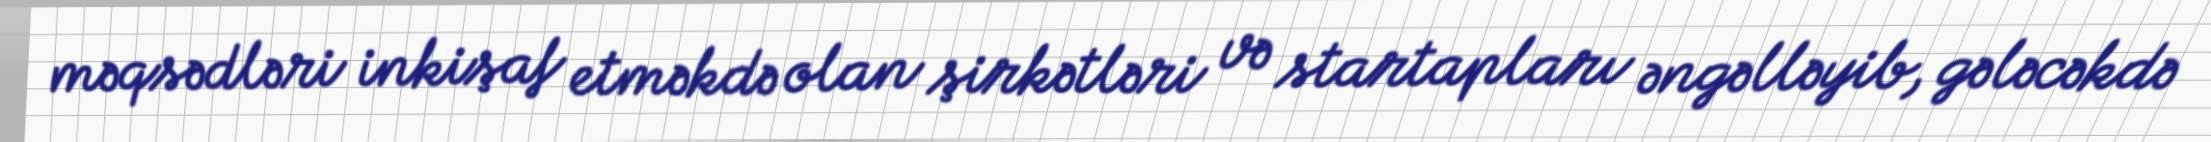
məqsədləri inkişaf etməkdə olan şirkətləri və startapları əngəlləyib, gələcəkdə